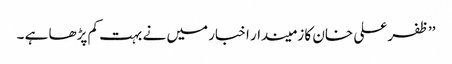
’’ظفر علی خان کا زمیندار اخبار میں نے بہت کم پڑھا ہے ۔